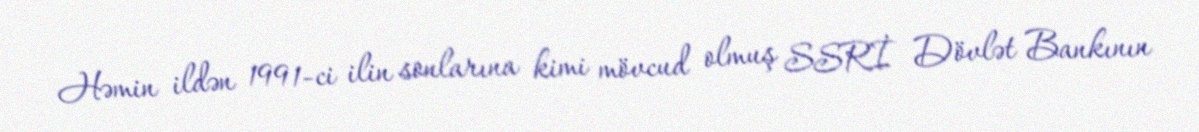
Həmin ildən 1991-ci ilin sonlarına kimi mövcud olmuş SSRİ Dövlət Bankının